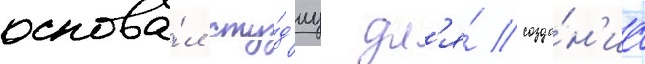
основа́л сту́д'иу дл'я́ созда́н'иа